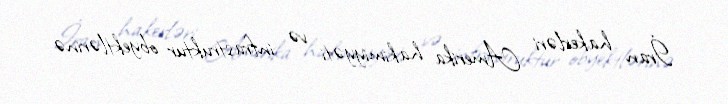
İran hakerləri Amerika hakimiyyəti və infrastruktur obyektlərinə